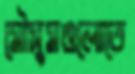
মৌসুমগুলোতে